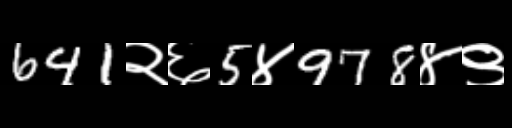
Text: 641२६5४978४९